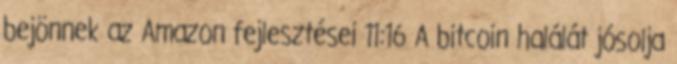
bejönnek az Amazon fejlesztései 11:16 A bitcoin halálát jósolja